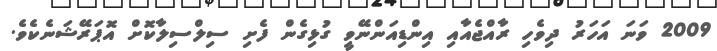
2009 ވަނަ އަހަރު ދިވެހި ރާއްޖެއާއި އިންޑިއަންނޭވީ ގުޅިގެން ފެށި ސިލްސިލާކޮށް އޮޕަރޭޝަނެކެވެ.